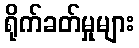
ရိုက်ခတ်မှုများ